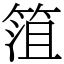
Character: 䈌